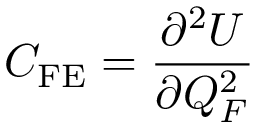
C _ { \mathrm { F E } } = \frac { \partial ^ { 2 } U } { \partial Q _ { F } ^ { 2 } }